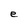
Character: e